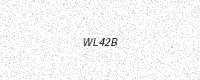
Text: WL42B